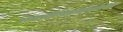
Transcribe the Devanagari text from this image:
रम्भापरीरम्भसम्भावनाधीरचेताः